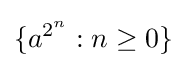
\{a^{2^{n}}:n\geq 0\}